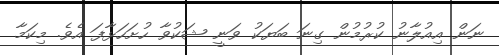
ނަން އިއުލާނު ކުރުމުން ގިނަ ބަޔަކު ވަނީ ޝަކުވާ ހުށަހަޅާފަ އެެވެ. މިކަމާ